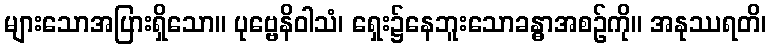
များသောအပြားရှိသော။ ပုဗ္ဗေနိဝါသံ၊ ရှေး၌နေဘူးသောခန္ဓာအစဉ်ကို။ အနုဿရတိ၊